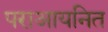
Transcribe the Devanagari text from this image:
पराआयनित